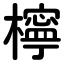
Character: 檸